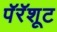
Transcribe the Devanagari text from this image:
पॅरॅशूट